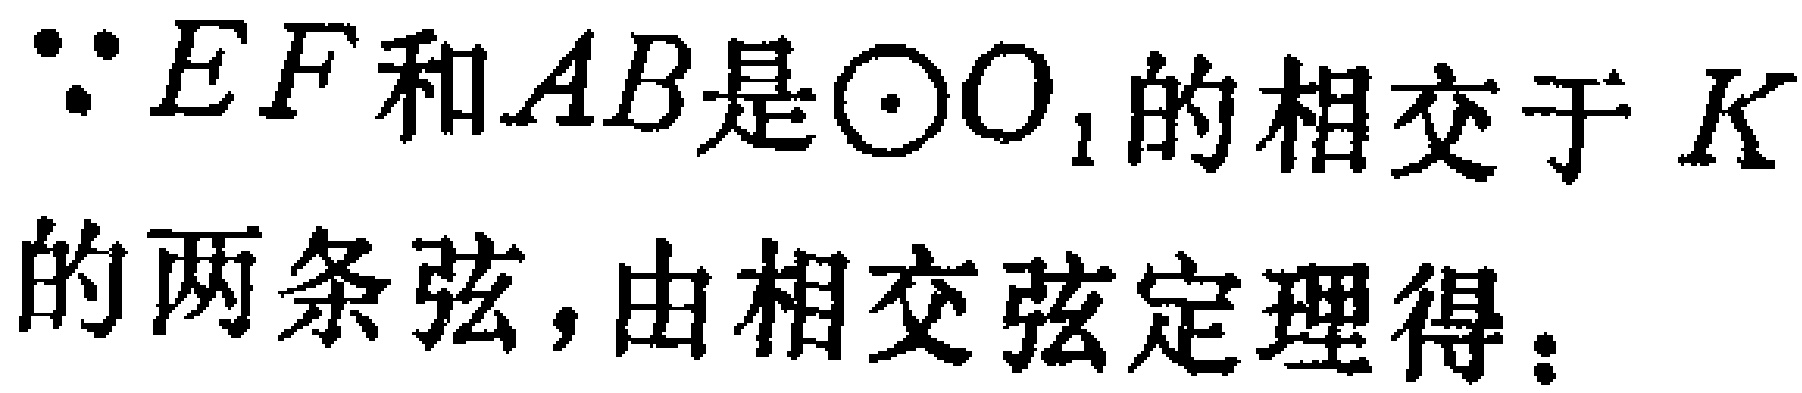
$\because EF和AB是\odot O_{1}的相交于K的两条弦, 由相交弦定理得：$